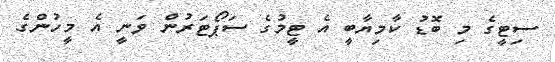
ސިޓީގެ މި ބޮޑު ކާމިޔާބީ އެ ޓީމުގެ ސަޕޯޓަރުން ވަނީ އެ މީހުންގެ